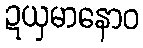
ဍယှမာနောဝ